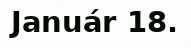
Január 18.